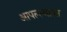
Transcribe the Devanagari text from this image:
आपल्ल्याला